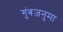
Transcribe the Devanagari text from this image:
गुंबजनुमा